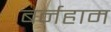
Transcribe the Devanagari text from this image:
बर्नहाम